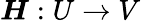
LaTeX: \boldsymbol{H}:U\rightarrow V